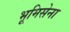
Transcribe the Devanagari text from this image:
भूमिसेना